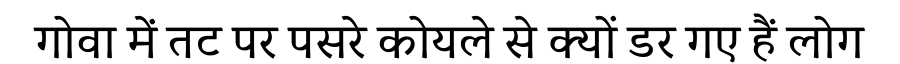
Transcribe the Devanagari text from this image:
गोवा में तट पर पसरे कोयले से क्यों डर गए हैं लोग